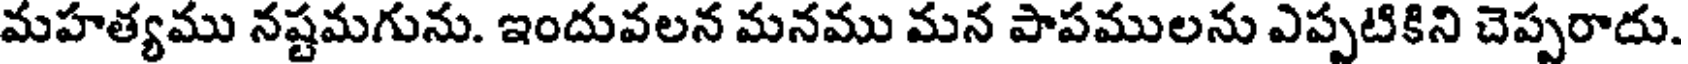
మహత్యము నష్టమగును. ఇందువలన మనము మన పాపములను ఎప్పటికిని చెప్పరాదు.